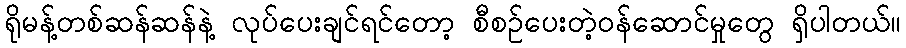
ရိုမန့်တစ်ဆန်ဆန်နဲ့ လုပ်ပေးချင်ရင်တော့ စီစဉ်ပေးတဲ့ဝန်ဆောင်မှုတွေ ရှိပါတယ်။